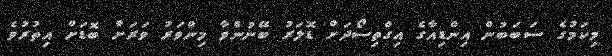
މިކަމުގެ ސަބަބުން އިންޑިއާގެ އިގްތިސޯދަށް ޑޮލަރު ބޭނުންވާ މިންވަރު ވަރަށް ބޮޑަށް އިތުރުވެ